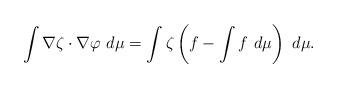
LaTeX: \begin{align*} \int \nabla \zeta \cdot \nabla \varphi \ d \mu = \int \zeta \left(f - \int f \ d\mu \right) \ d \mu. \end{align*}